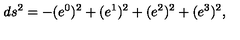
d s ^ { 2 } = - ( e ^ { 0 } ) ^ { 2 } + ( e ^ { 1 } ) ^ { 2 } + ( e ^ { 2 } ) ^ { 2 } + ( e ^ { 3 } ) ^ { 2 } ,